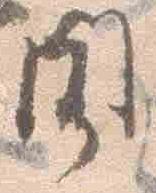
聞